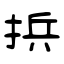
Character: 捠